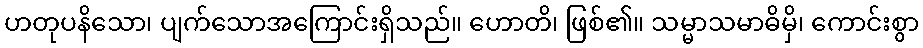
ဟတုပနိသော၊ ပျက်သောအကြောင်းရှိသည်။ ဟောတိ၊ ဖြစ်၏။ သမ္မာသမာဓိမှိ၊ ကောင်းစွာ